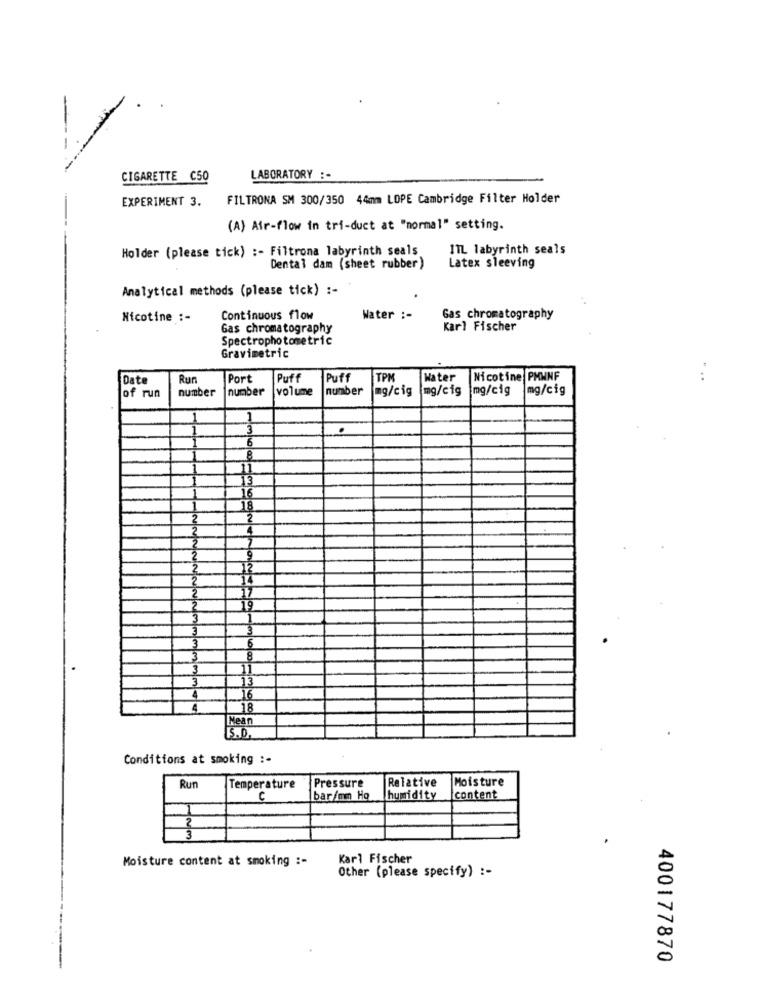
CIGARETTE C50
LABORATORY :-
EXPERIMENT 3.
FILTRONA SM 300/350 44mm LOPE Cambridge Filter Holder
(A) Air-flow in tri-duct at "normal" setting.
Holder (please tick) :- Filtrona labyrinth seals
1TL labyrinth seals
Dental dam (sheet rubber)
Latex sleeving
Analytical methods (please tick) :-
Nicotine :-
Continuous flow
Water :-
Gas chromatography
Gas chromatography
Karl Fischer
Spectrophotometric
Gravimetric
Date
Run
Port
Puff
Puff
TPM
Water
Nicotine PMWNF
number
number
volume
number
mg/cig
mg/cig
¡mg/cig
mg/cig
of run
3
6
8
13
16
18
2
19
3
6
11
13
33334
16
18
Mean
5.0
Conditions at smoking :-
Pressure
Relative
Moisture
Run
Temperature
bar/mm Hg
humidity
content
2
3
Moisture content at smoking :-
Karl Fischer
Other (please specify) :-
400177870